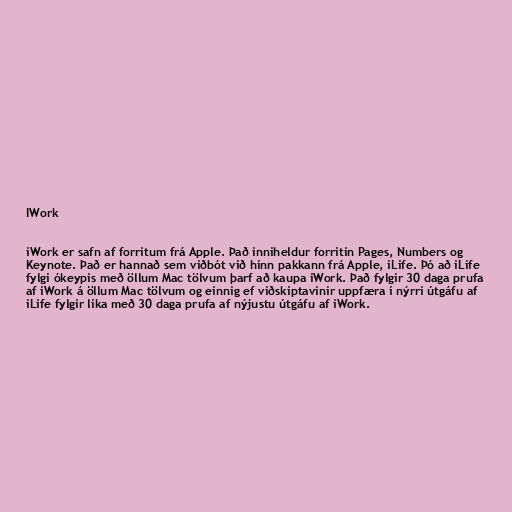
IWork

iWork er safn af forritum frá Apple. Það inniheldur forritin Pages, Numbers og
Keynote. Það er hannað sem viðbót við hinn pakkann frá Apple, iLife. Þó að iLife
fylgi ókeypis með öllum Mac tölvum þarf að kaupa iWork. Það fylgir 30 daga prufa
af iWork á öllum Mac tölvum og einnig ef viðskiptavinir uppfæra í nýrri útgáfu af
iLife fylgir líka með 30 daga prufa af nýjustu útgáfu af iWork.